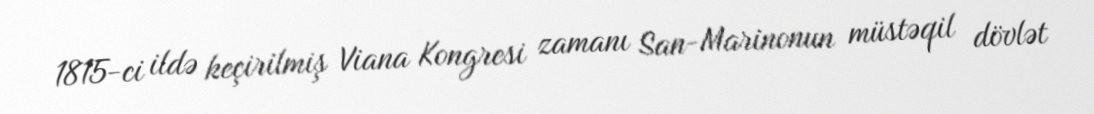
1815-ci ildə keçirilmiş Viana Kongresi zamanı San-Marinonun müstəqil dövlət